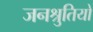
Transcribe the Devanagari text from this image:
जनश्रुतियो